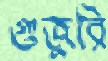
গুজুরি